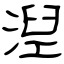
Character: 湼